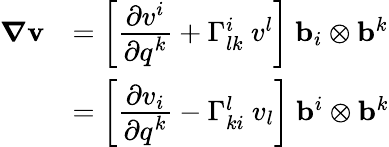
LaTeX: {\begin{array}{rl}{{\boldsymbol{\nabla}}\mathbf{v}}&{=\left[{\cfrac{\partial v^{i}}{\partial q^{k}}}+\Gamma_{lk}^{i}~v^{l}\right]~\mathbf{b}_{i}\otimes\mathbf{b}^{k}}\\ &{=\left[{\cfrac{\partial v_{i}}{\partial q^{k}}}-\Gamma_{ki}^{l}~v_{l}\right]~\mathbf{b}^{i}\otimes\mathbf{b}^{k}}\end{array}}